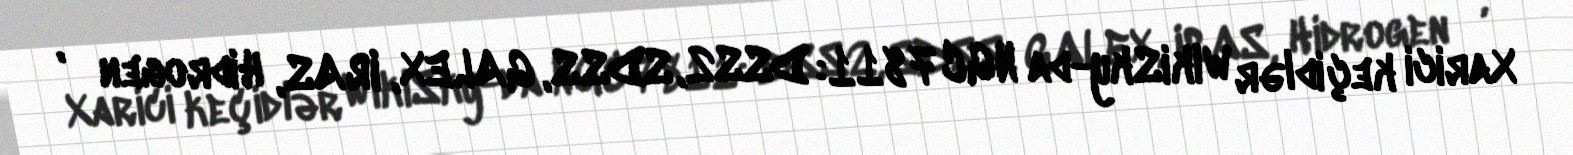
Xarici keçidlər WikiSky-da NGC 7811: DSS2, SDSS, GALEX, IRAS, Hidrogen α,